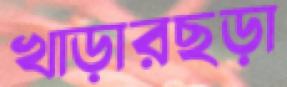
খাড়ারছড়া